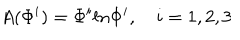
LaTeX: A ( \Phi ^ { i } ) = \Phi ^ { i } l n \Phi ^ { i } , \quad i = 1 , 2 , 3